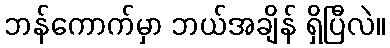
ဘန်ကောက်မှာ ဘယ်အချိန် ရှိပြီလဲ။